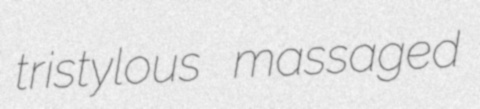
tristylous massaged